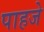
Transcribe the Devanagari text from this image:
पाहजे